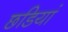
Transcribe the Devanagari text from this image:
छडियां